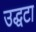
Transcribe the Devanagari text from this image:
उद्धटा